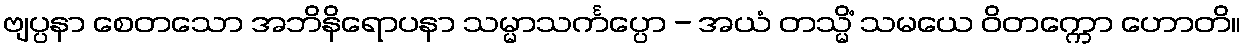
ဗျပ္ပနာ စေတသော အဘိနိရောပနာ သမ္မာသင်္ကပ္ပော - အယံ တသ္မိံ သမယေ ဝိတက္ကော ဟောတိ။